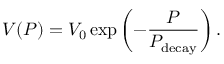
V ( P ) = V _ { 0 } \exp \left( - \frac { P } { P _ { \mathrm { d e c a y } } } \right) .